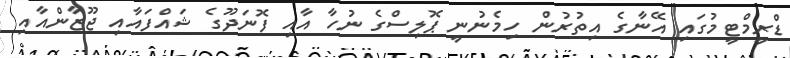
ޑްރީމްޓީމުގައި އޭނާގެ އިތުރުން ހިމެނުނީ ޕޮލިސްގެ ނުހާ އާއި ފޮނަދޫގެ ޝައްފައާއި ޖޫޒާންއާއި